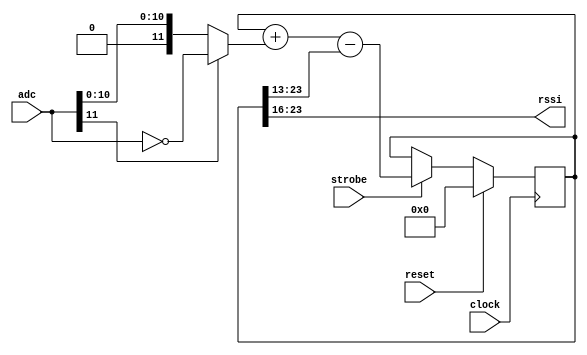
module WcaRssi (
    input clock, 
    input reset, 
    input strobe,
	input [11:0] adc, 
    output [7:0] rssi 
    );
   
   wire [11:0] abs_adc = adc[11] ? ~adc : adc;
   reg [23:0]  rssi_int;

   always @(posedge clock)
     if(reset )
       rssi_int <= #1 24'd0;
     else if (strobe)
       rssi_int <= #1 rssi_int + abs_adc - {1'b0,rssi_int[23:13]};

   assign      rssi = rssi_int[23:16];
    
endmodule